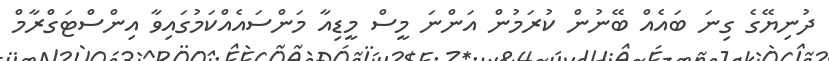
ދުނިޔޭގެ ގިނަ ބައެއް ބޭނުން ކުރަމުން އަންނަ މީސް މީޑިއާ މަންސައެއްކަމުގައިވާ އިންސްޓަގްރާމް